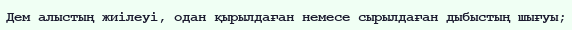
Дем алыстың жиілеуі, одан қырылдаған немесе сырылдаған дыбыстың шығуы;